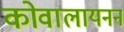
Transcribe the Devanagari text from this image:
कोवालायनन